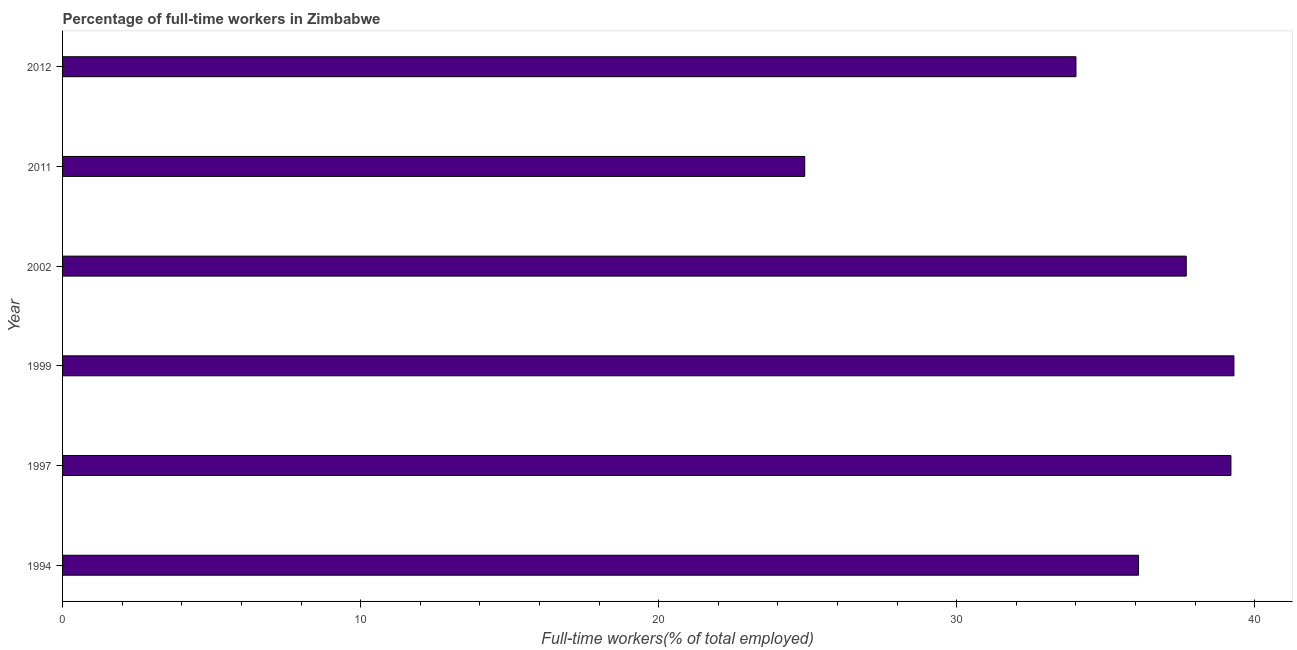
| Year | Wage and salaried workers |
 | --- | --- |
 | 1994 | 36.1 |
 | 1997 | 39.2 |
 | 1999 | 39.3 |
 | 2002 | 37.7 |
 | 2011 | 24.9 |
 | 2012 | 34 |